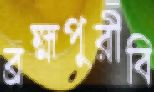
ব্রহ্মপুরীবি